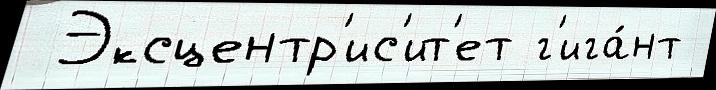
 Эксцентр'ис'ит'ет г'ига́нт